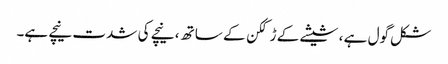
شکل گول ہے ، شیشے کے ڑککن کے ساتھ ، نیچے کی شدت نیچے ہے۔